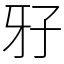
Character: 𤘅